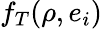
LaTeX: f_{T}(\rho,e_{i})